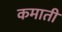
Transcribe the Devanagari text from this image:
कमातीं